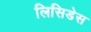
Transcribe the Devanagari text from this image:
लिसिडेस